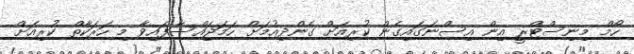
ހޯމް މިނިސްޓްރީ އިން އިސްނަގައިގެން ކުރިއަށް ގެންދިއުމަށް ހަމަޖައްސާފައިވާ މި ހަރަކާތް ކުރިއަށް